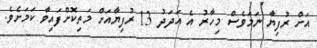
އަށް ރުފިޔާ ނަމަވެސް މިހާރު އެ އަދަދު 13 ރުފިޔާއަށް މަތިކޮށްފައިވާ ކަމަށެވެ.